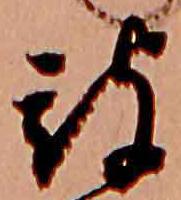
被